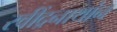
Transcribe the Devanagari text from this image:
रवींद्रनाथांन